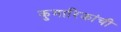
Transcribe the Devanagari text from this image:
कुमारिकांची